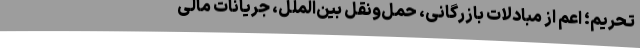
تحریم؛ اعم از مبادلات بازرگانی، حمل‌ونقل بین‌الملل، جریانات مالی